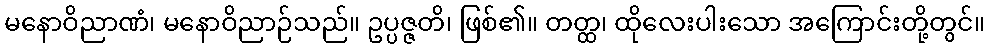
မနောဝိညာဏံ၊ မနောဝိညာဉ်သည်။ ဥပ္ပဇ္ဇတိ၊ ဖြစ်၏။ တတ္ထ၊ ထိုလေးပါးသော အကြောင်းတို့တွင်။